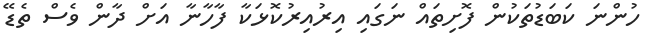
ހުންނަ ކަބަޑުތަކުން ފޮށިތައް ނަގައި އިރުއިރުކޮޅަކާ ފާހާނާ އަށް ދާން ވެސް ތެޑޭ